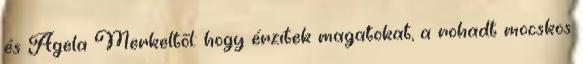
és Agela Merkeltől: hogy érzitek magatokat, a rohadt mocskos